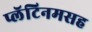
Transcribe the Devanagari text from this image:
प्लॅटिनमसह